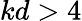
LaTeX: kd>4